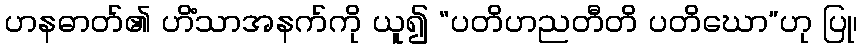
ဟနဓာတ်၏ ဟိံသာအနက်ကို ယူ၍ “ပတိဟညတီတိ ပတိဃော”ဟု ပြု၊